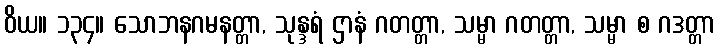
ဝိယ။ ၁၃၄။ သောဘနဂမနတ္တာ, သုန္ဒရံ ဌာနံ ဂတတ္တာ, သမ္မာ ဂတတ္တာ, သမ္မာ စ ဂဒတ္တာ